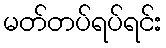
မတ်တပ်ရပ်ရင်း